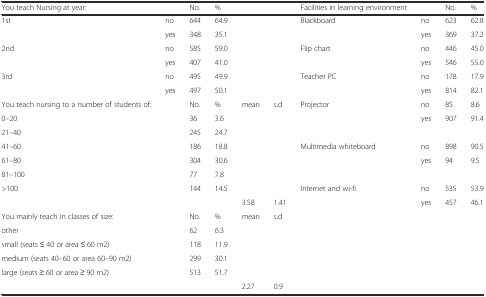
<table><thead><tr><td><b>You teach Nursing at year:</b></td><td></td><td><b>No.</b></td><td><b>%</b></td><td></td><td></td><td><b>Facilities in learning environment</b></td><td></td><td><b>No.</b></td><td><b>%</b></td></tr></thead><tbody><tr><td>1st</td><td>no</td><td>644</td><td>64.9</td><td></td><td></td><td>Blackboard</td><td>no</td><td>623</td><td>62.8</td></tr><tr><td></td><td>yes</td><td>348</td><td>35.1</td><td></td><td></td><td></td><td>yes</td><td>369</td><td>37.2</td></tr><tr><td>2nd</td><td>no</td><td>585</td><td>59.0</td><td></td><td></td><td>Flip chart</td><td>no</td><td>446</td><td>45.0</td></tr><tr><td></td><td>yes</td><td>407</td><td>41.0</td><td></td><td></td><td></td><td>yes</td><td>546</td><td>55.0</td></tr><tr><td>3rd</td><td>no</td><td>495</td><td>49.9</td><td></td><td></td><td>Teacher PC</td><td>no</td><td>178</td><td>17.9</td></tr><tr><td></td><td>yes</td><td>497</td><td>50.1</td><td></td><td></td><td></td><td>yes</td><td>814</td><td>82.1</td></tr><tr><td>You teach nursing to a number of students of:</td><td></td><td>No.</td><td>%</td><td>mean</td><td>s.d</td><td>Projector</td><td>no</td><td>85</td><td>8.6</td></tr><tr><td>0–20</td><td></td><td>36</td><td>3.6</td><td></td><td></td><td></td><td>yes</td><td>907</td><td>91.4</td></tr><tr><td>21–40</td><td></td><td>245</td><td>24.7</td><td></td><td></td><td></td><td></td><td></td><td></td></tr><tr><td>41–60</td><td></td><td>186</td><td>18.8</td><td></td><td></td><td>Multimedia whiteboard</td><td>no</td><td>898</td><td>90.5</td></tr><tr><td>61–80</td><td></td><td>304</td><td>30.6</td><td></td><td></td><td></td><td>yes</td><td>94</td><td>9.5</td></tr><tr><td>81–100</td><td></td><td>77</td><td>7.8</td><td></td><td></td><td></td><td></td><td></td><td></td></tr><tr><td>&gt;100</td><td></td><td>144</td><td>14.5</td><td></td><td></td><td>Internet and wi-fi</td><td>no</td><td>535</td><td>53.9</td></tr><tr><td></td><td></td><td></td><td></td><td>3.58</td><td>1.41</td><td></td><td>yes</td><td>457</td><td>46.1</td></tr><tr><td>You mainly teach in classes of size:</td><td></td><td>No.</td><td>%</td><td>mean</td><td>s.d</td><td></td><td></td><td></td><td></td></tr><tr><td colspan="2">other</td><td>62</td><td>6.3</td><td></td><td></td><td></td><td></td><td></td><td></td></tr><tr><td colspan="2">small (seats ≤ 40 or area ≤ 60 m2)</td><td>118</td><td>11.9</td><td></td><td></td><td></td><td></td><td></td><td></td></tr><tr><td colspan="2">medium (seats 40–60 or area 60–90 m2)</td><td>299</td><td>30.1</td><td></td><td></td><td></td><td></td><td></td><td></td></tr><tr><td colspan="2">large (seats ≥ 60 or area ≥ 90 m2)</td><td>513</td><td>51.7</td><td></td><td></td><td></td><td></td><td></td><td></td></tr><tr><td></td><td></td><td></td><td></td><td>2.27</td><td>0.9</td><td></td><td></td><td></td><td></td></tr></tbody></table>